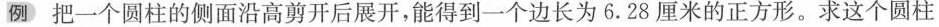
例把一个圆柱的侧面沿高剪开后展开，能得到一个边长为6.28厘米的正方形。求这个圆柱